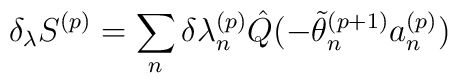
\delta_{\lambda} S^{(p)} = \sum_{n}^{ } \delta {\lambda_{n}^{(p)}}\hat{Q}(- \tilde{\theta}_{n}^{(p+1)} a_{n}^{(p)} )